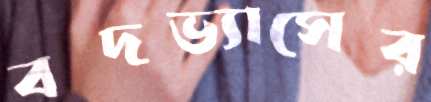
বদভ্যাসের